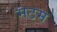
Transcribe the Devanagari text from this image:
मठम